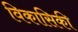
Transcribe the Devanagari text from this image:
विकासिकी